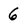
Character: 6